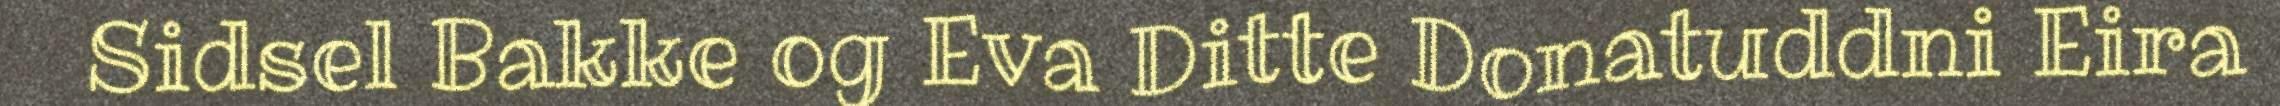
Sidsel Bakke og Eva Ditte Donatuddni Eira